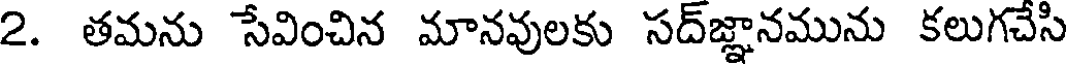
2. తమను సేవించిన మానవులకు సద్జ్ఞానమును కలుగచేసి